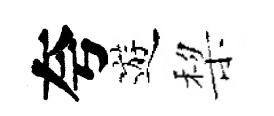
夸遊棃